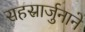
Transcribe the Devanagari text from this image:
सहस्रार्जुनाने